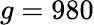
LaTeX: g=980